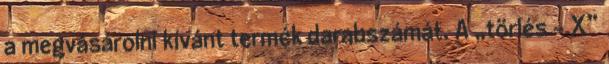
a megvásárolni kívánt termék darabszámát. A „törlés - X”